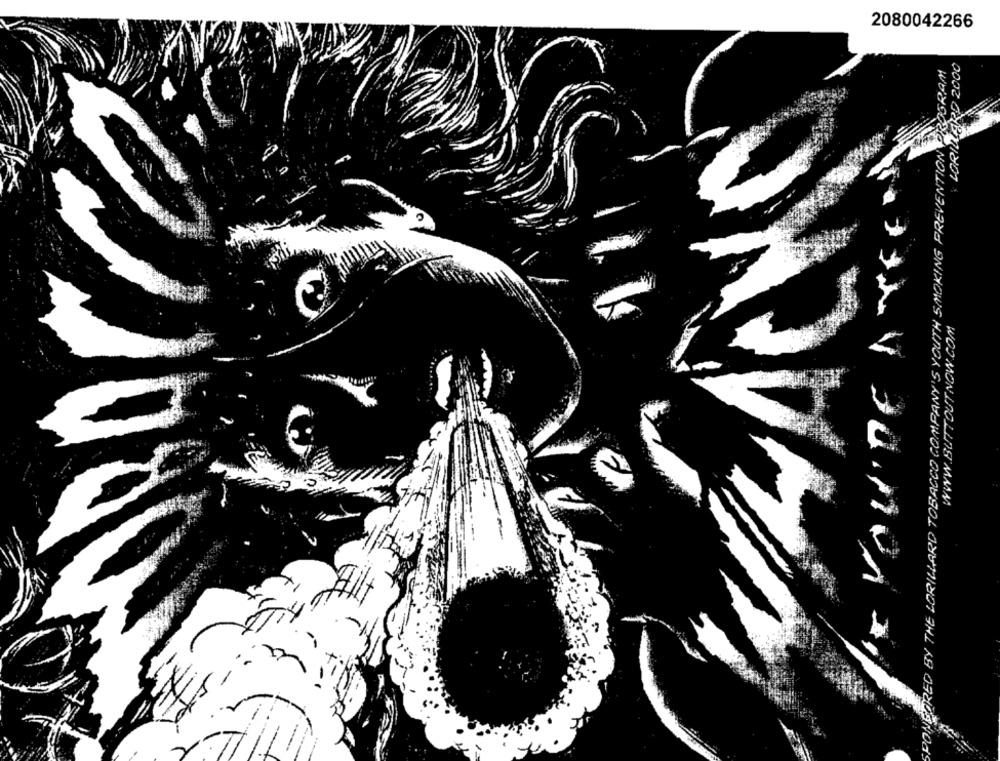
2080042266
THE LORILLARD TOBACCO COMPANY'S YOUTH SMOKING PREVENTION PROGRAM
LORILLARD 2000
WOO MON LO LLIS MAAM
WOa